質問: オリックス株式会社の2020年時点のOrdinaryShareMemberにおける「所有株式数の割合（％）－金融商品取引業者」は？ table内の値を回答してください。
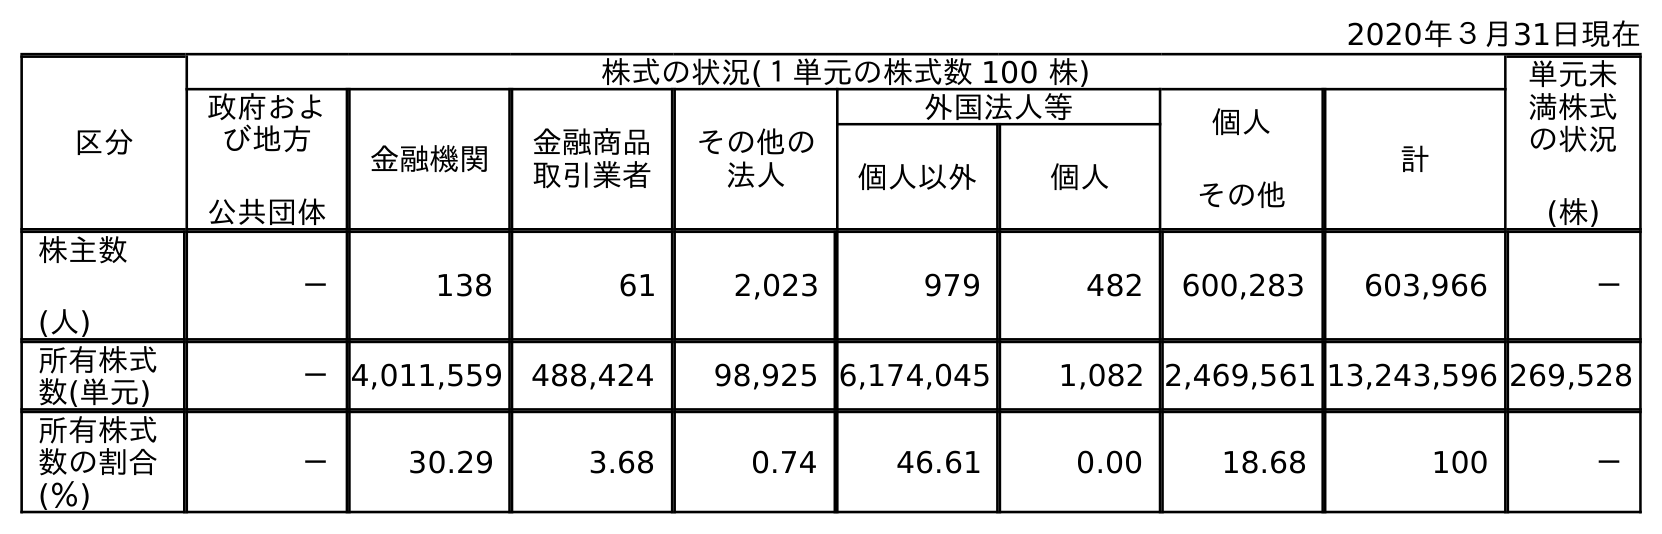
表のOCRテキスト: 2020年３月31日現在 区分 株式の状況(１単元の株式数 100 株) 単元未 満株式 の状況 (株) 政府およ び地方 公共団体 金融機関 金融商品 取引業者 その他の 法人 外国法人等 個人 その他 計 個人以外 個人 株主数 (人) － 138 61 2,023 979 482 600,283 603,966 － 所有株式 数(単元) －4,011,559 488,424 98,925 6,174,045 1,082 2,469,561 13,243,596 269,528 所有株式 数の割合 (％) － 30.29 3.68 0.74 46.61 0.00 18.68 100 －
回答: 3.68